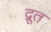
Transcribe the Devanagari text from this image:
द्रूत